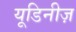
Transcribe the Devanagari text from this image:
यूडिनीज़